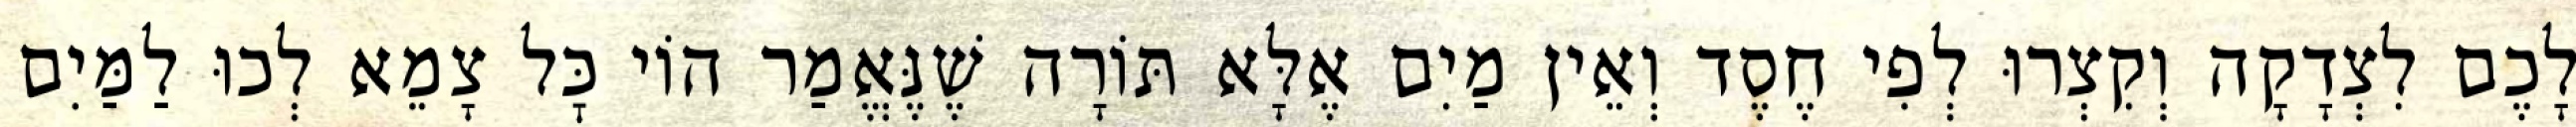
לָכֶם לִצְדָקָה וְקִצְרוּ לְפִי חֶסֶד וְאֵין מַיִם אֶלָּא תּוֹרָה שֶׁנֶּאֱמַר הוֹי כׇּל צָמֵא לְכוּ לַמַּיִם